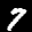
Label: 7